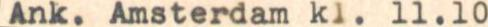
Ank. Amsterdam kl. 11.10